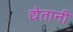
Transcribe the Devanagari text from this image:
द्येतानी